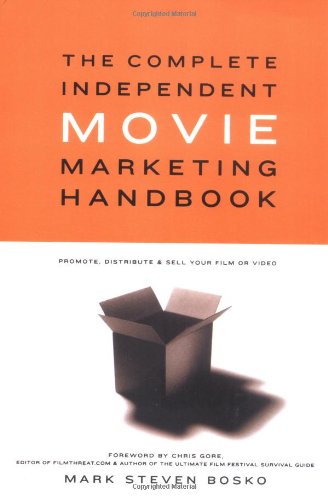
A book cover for The Complete Independent Movie Marketing Handbook; Mark Steven Bosko; Humor & Entertainment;